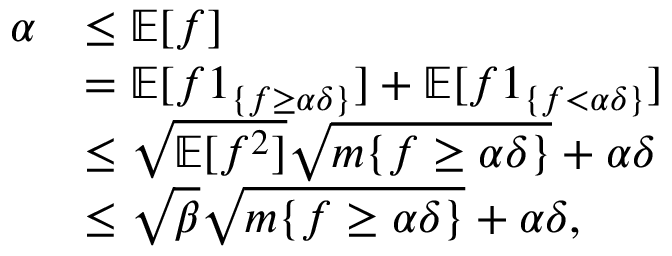
\begin{array} { r l } { \alpha } & { \leq \mathbb E [ f ] } \\ & { = \mathbb E [ f \boldsymbol 1 _ { \{ f \geq \alpha \delta \} } ] + \mathbb E [ f \boldsymbol 1 _ { \{ f < \alpha \delta \} } ] } \\ & { \leq \sqrt { \mathbb E [ f ^ { 2 } ] } \sqrt { m \{ f \geq \alpha \delta \} } + \alpha \delta } \\ & { \leq \sqrt \beta \sqrt { m \{ f \geq \alpha \delta \} } + \alpha \delta , } \end{array}